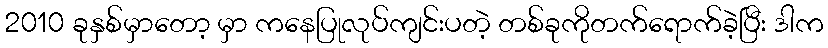
2010 ခုနှစ်မှာတော့ မှာ ကနေပြုလုပ်ကျင်းပတဲ့ တစ်ခုကိုတက်ရောက်ခဲ့ပြီး ဒါက